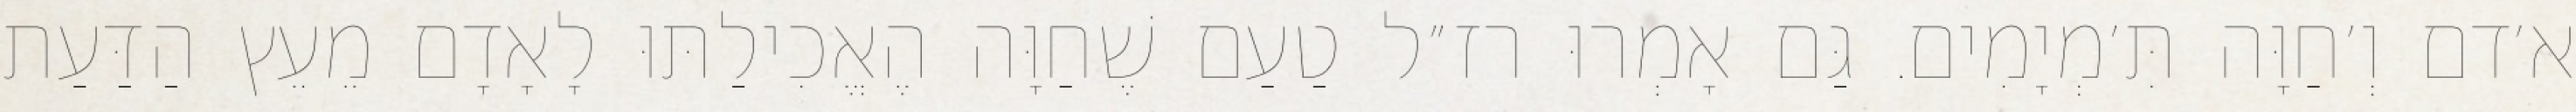
א׳דם וְ׳חַוָּה תִּ׳מְיָמִים. גַּם אָמְרוּ רז״ל טַעַם שֶׁחַוָּה הֶאֱכִילַתּוּ לָאָדָם מֵעֵץ הַדַּעַת